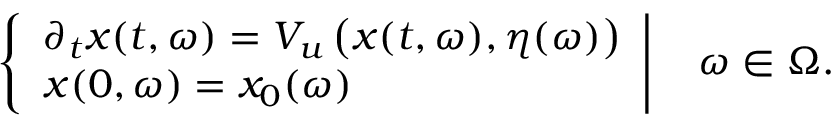
\left\{ \begin{array} { l } { \partial _ { t } x ( t , \omega ) = V _ { u } \left( x ( t , \omega ) , \eta ( \omega ) \right) } \\ { x ( 0 , \omega ) = x _ { 0 } ( \omega ) } \end{array} \right| \quad \omega \in \Omega .